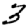
Digit: 3